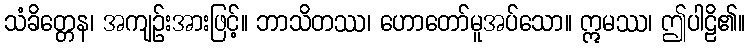
သံခိတ္တေန၊ အကျဉ်းအားဖြင့်။ ဘာသိတဿ၊ ဟောတော်မူအပ်သော။ ဣမဿ၊ ဤပါဠိ၏။